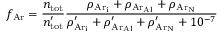
f _ { \mathrm { A r } } = \frac { n _ { \mathrm { t o t } } } { n _ { \mathrm { t o t } } ^ { \prime } } \frac { \rho _ { \mathrm { { A r } _ { i } } } + \rho _ { \mathrm { { A r } _ { A l } } } + \rho _ { \mathrm { { A r } _ { N } } } } { \rho _ { \mathrm { { A r } _ { i } } } ^ { \prime } + \rho _ { \mathrm { { A r } _ { A l } } } ^ { \prime } + \rho _ { \mathrm { { A r } _ { N } } } ^ { \prime } + 1 0 ^ { - 7 } }